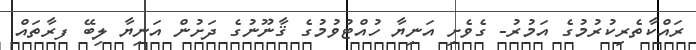
ރައްކާތެރިކުރުމުގެ އަމުރު- ގެވެށި އަނިޔާ ހުއްޓުވުމުގެ ޤާނޫނުގެ ދަށުން އަނިޔާ ލިބޭ ފރާތައް